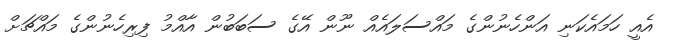
އެއީ ހަމައެކަނި އަންހެނުންގެ މައްސަލައެއް ނޫން އޭގެ ސަބަބުން އާއްމު ފިރިހެނުންގެ މައްޗަށް